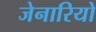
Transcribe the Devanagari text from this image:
जेनारियो